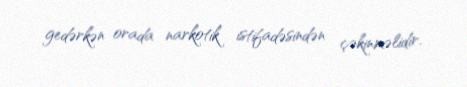
gedərkən orada narkotik istifadəsindən çəkinməlidir.